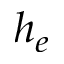
h _ { e }